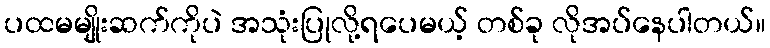
ပထမမျိုးဆက်ကိုပဲ အသုံးပြုလို့ရပေမယ့် တစ်ခု လိုအပ်နေပါတယ်။